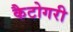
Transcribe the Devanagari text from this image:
कैटोगरी